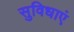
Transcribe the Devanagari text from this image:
सुविधाएं